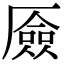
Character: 厱